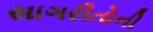
સાગરીતોની